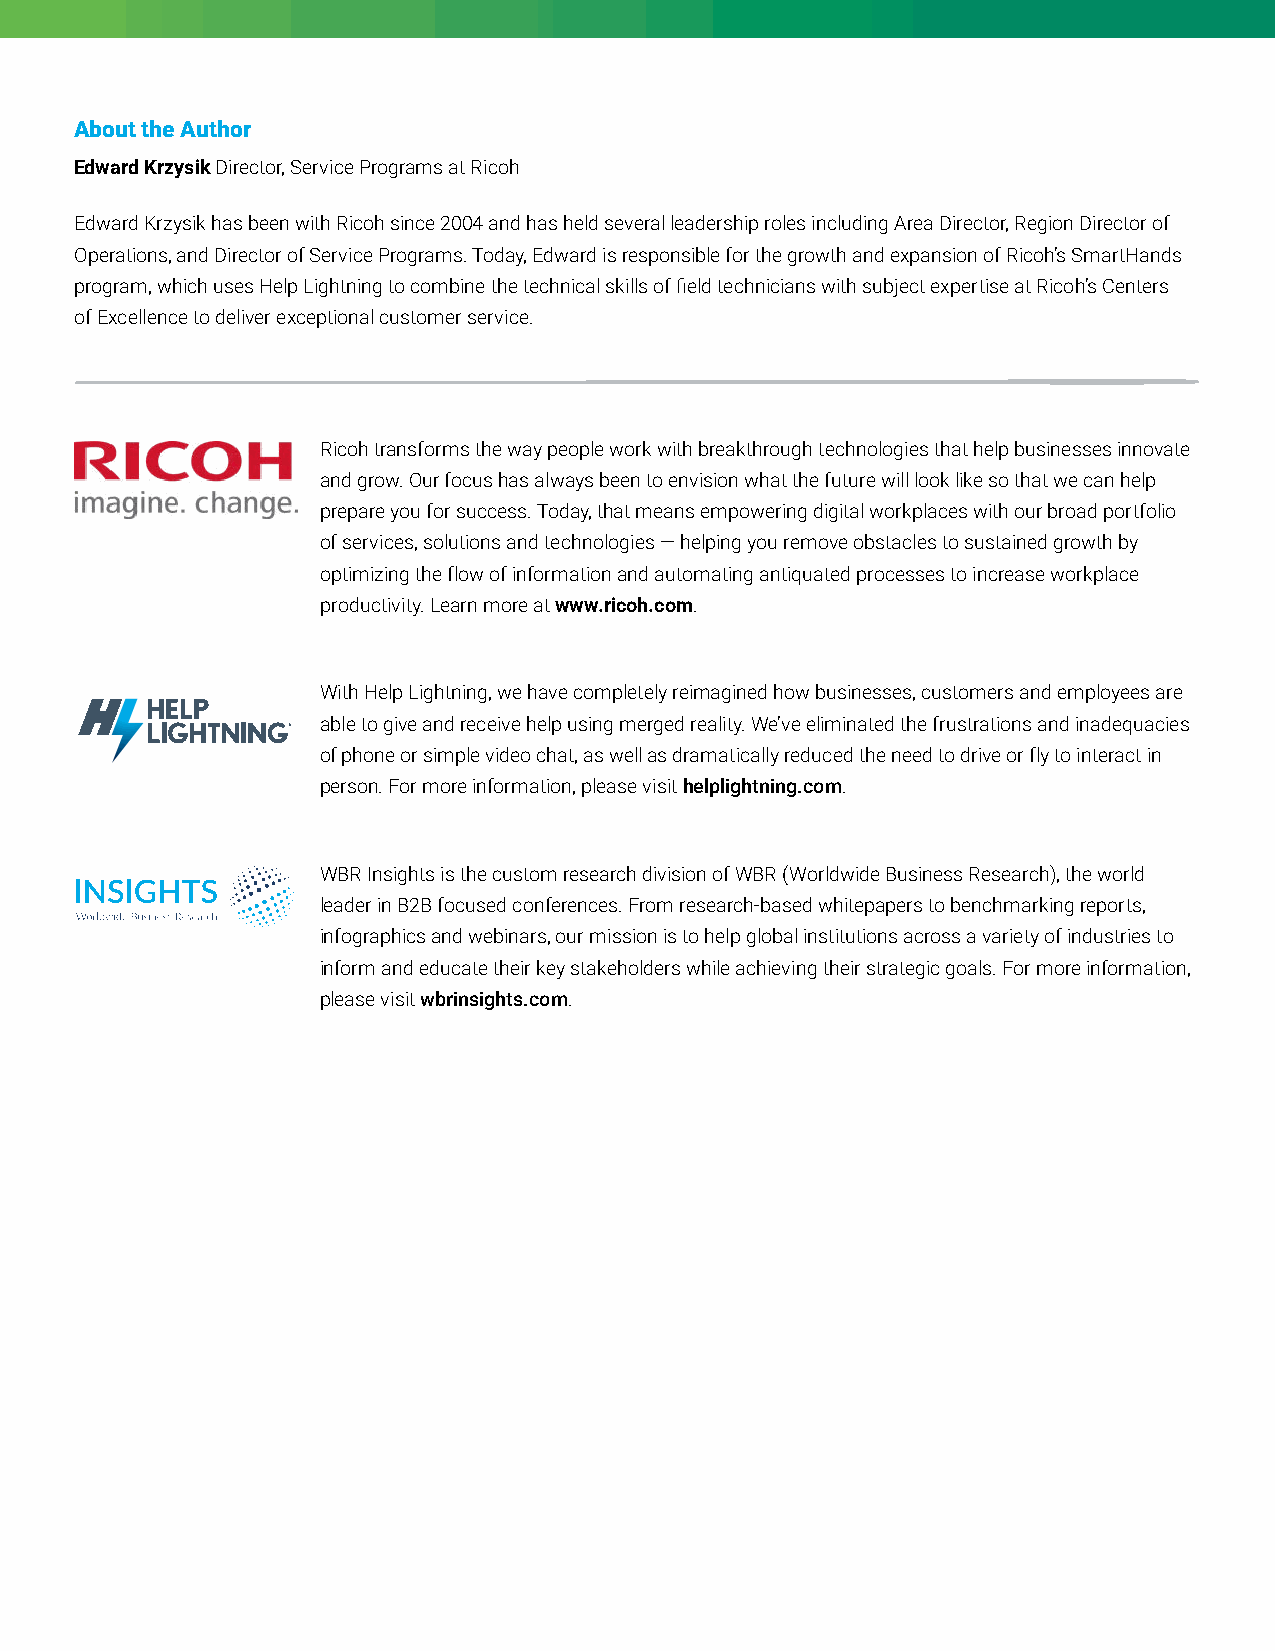
About the Author
 Edward Krzysik Director, Service Programs at Ricoh
 Edward Krzysik has been with Ricoh since 2004 and has held several leadership roles including Area Director, Region Director of
 Operations, and Director of Service Programs. Today, Edward is responsible for the growth and expansion of Ricoh’s SmartHands
 program, which uses Help Lightning to combine the technical skills of field technicians with subject expertise at Ricoh’s Centers
 of Excellence to deliver exceptional customer service.
 Ricoh transforms the way people work with breakthrough technologies that help businesses innovate
 and grow. Our focus has always been to envision what the future will look like so that we can help
 prepare you for success. Today, that means empowering digital workplaces with our broad portfolio
 of services, solutions and technologies — helping you remove obstacles to sustained growth by
 optimizing the flow of information and automating antiquated processes to increase workplace
 productivity. Learn more at www.ricoh.com.
 With Help Lightning, we have completely reimagined how businesses, customers and employees are
 able to give and receive help using merged reality. We’ve eliminated the frustrations and inadequacies
 of phone or simple video chat, as well as dramatically reduced the need to drive or fly to interact in
 person. For more information, please visit helplightning.com.
 WBR Insights is the custom research division of WBR (Worldwide Business Research), the world
 leader in B2B focused conferences. From research-based whitepapers to benchmarking reports,
 infographics and webinars, our mission is to help global institutions across a variety of industries to
 inform and educate their key stakeholders while achieving their strategic goals. For more information,
 please visit wbrinsights.com.